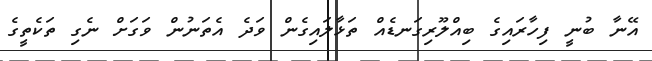
އޭނާ ބުނީ ފިހާރައިގެ ބިއްލޫރިގަނޑެއް ތަޅާލައިގެން ވަދެ އެތަނުން ވަގަށް ނެގި ތަކެތީގެ